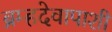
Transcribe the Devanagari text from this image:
ब्रम्हदेवापाशी